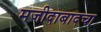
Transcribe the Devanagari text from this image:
मजीदाबादचा